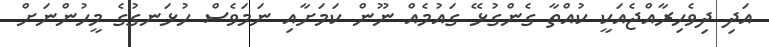
އަދި ދިވެހިރާއްޖެއަކީ ކުއްތާ ގެންގުޅޭ ގައުމެއް ނޫން ކަމަށާއި ނަމަވެސް ހުޅަނގުގެ މީހުންނަށް